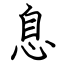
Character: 息